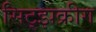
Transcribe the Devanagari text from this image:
सिट्झक्रीग